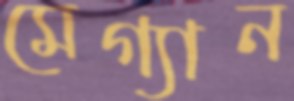
মেগ্যান